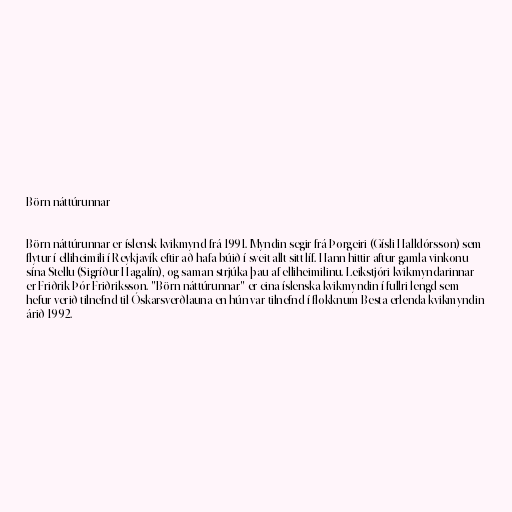
Börn náttúrunnar

Börn náttúrunnar er íslensk kvikmynd frá 1991. Myndin segir frá Þorgeiri (Gísli Halldórsson) sem
flytur í elliheimili í Reykjavík eftir að hafa búið í sveit allt sitt líf. Hann hittir aftur gamla vinkonu
sína Stellu (Sigríður Hagalín), og saman strjúka þau af elliheimilinu. Leikstjóri kvikmyndarinnar
er Friðrik Þór Friðriksson. "Börn náttúrunnar" er eina íslenska kvikmyndin í fullri lengd sem
hefur verið tilnefnd til Óskarsverðlauna en hún var tilnefnd í flokknum Besta erlenda kvikmyndin
árið 1992.